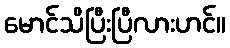
မောင်သိပြီးပြီလားဟင်။